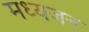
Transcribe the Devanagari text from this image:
मध्यजन